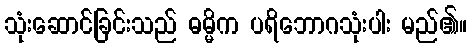
သုံးဆောင်ခြင်းသည် ဓမ္မိက ပရိဘောဂသုံးပါး မည်၏။